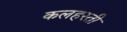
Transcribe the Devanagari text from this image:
कलहस्ती